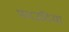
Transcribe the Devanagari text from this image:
फ़ाउदिया